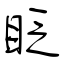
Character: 眨